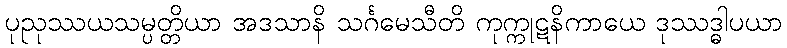
ပုညုဿယသမ္ပတ္တိယာ အဒသာနိ သင်္ဂမေသီတိ ကုက္ကုဋနိကာယေ ဒုဿဒ္ဓါပယာ